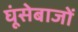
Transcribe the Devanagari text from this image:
घूंसेबाजों